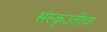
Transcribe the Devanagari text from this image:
संस्कृउतीचा